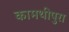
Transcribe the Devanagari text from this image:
कामथीपुरा